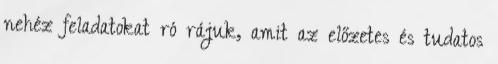
nehéz feladatokat ró rájuk, amit az előzetes és tudatos